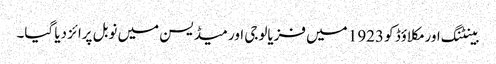
بینٹنگ اور مکلاؤڈ کو 1923 میں‌ فزیالوجی اور میڈیسن میں‌ نوبل پرائز دیا گیا۔